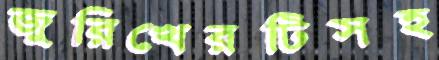
জুরিখেরটিসহ